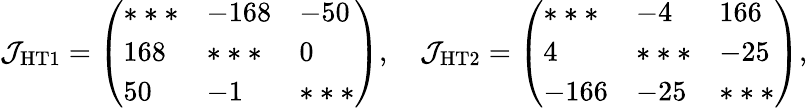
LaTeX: \mathcal{J_{\mathrm{HT1}}}=\left(\begin{array}{lll}{***}&{-168}&{-50}\\ {168}&{***}&{0}\\ {50}&{-1}&{***}\end{array}\right),\quad\mathcal{J_{\mathrm{HT2}}}=\left(\begin{array}{lll}{***}&{-4}&{166}\\ {4}&{***}&{-25}\\ {-166}&{-25}&{***}\end{array}\right),